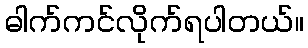
ဓါက်ကင်လိုက်ရပါတယ်။